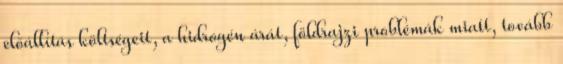
előállítás költségeit, a hidrogén árát, földrajzi problémák miatt, tovább